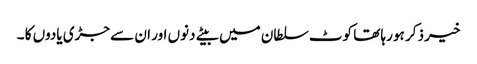
خیر ذکر ہو رہا تھا کوٹ سلطان میں بیتے دنوں اور ان سے جڑی یادوں کا ۔